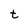
Character: t